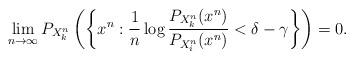
LaTeX: \begin{align*}\lim_{n\to\infty} P_{X_k^n}\left(\left\{x^n:\frac{1}{n}\log\frac{P_{X_k^n}(x^n)}{P_{X_i^n}(x^n)}< \delta-\gamma\right\}\right)&=0.\end{align*}